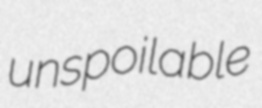
unspoilable